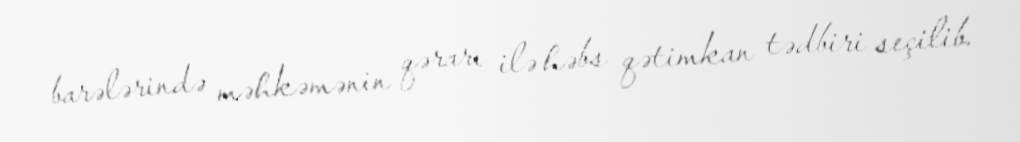
barələrində məhkəmənin qərarı ilə həbs qətimkan tədbiri seçilib.